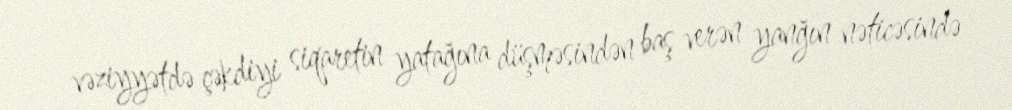
vəziyyətdə çəkdiyi siqaretin yatağına düşməsindən baş verən yanğın nəticəsində